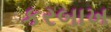
કરબાખ